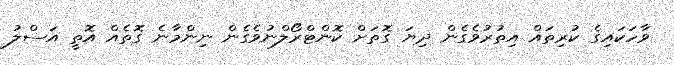
ވާހަކައިގެ ކުރިތައް އިތުރުވެގެން ދިޔަ ގޮތަށް ކޮންޓްރޯލްނުވެގެން ނިންމާނެ ގޮތެއް އޮތީ އަސްލު